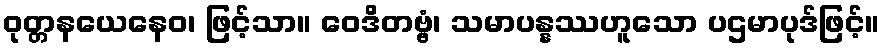
ဝုတ္တနယေနေဝ၊ ဖြင့်သာ။ ဝေဒိတဗ္ဗံ၊ သမာပန္နဿဟူသော ပဌမာပုဒ်ဖြင့်။